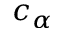
c _ { \alpha }